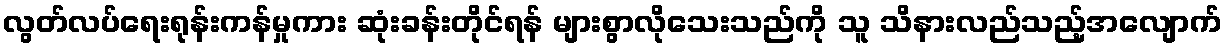
လွတ်လပ်ရေးရုန်းကန်မှုကား ဆုံးခန်းတိုင်ရန် များစွာလိုသေးသည်ကို သူ သိနားလည်သည့်အလျောက်